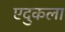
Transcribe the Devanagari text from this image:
एदुकला